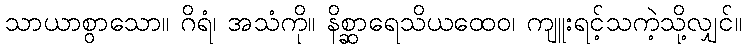
သာယာစွာသော။ ဂိရံ၊ အသံကို။ နိစ္ဆာရေသိယထေဝ၊ ကျူးရင့်သကဲ့သို့လျှင်။